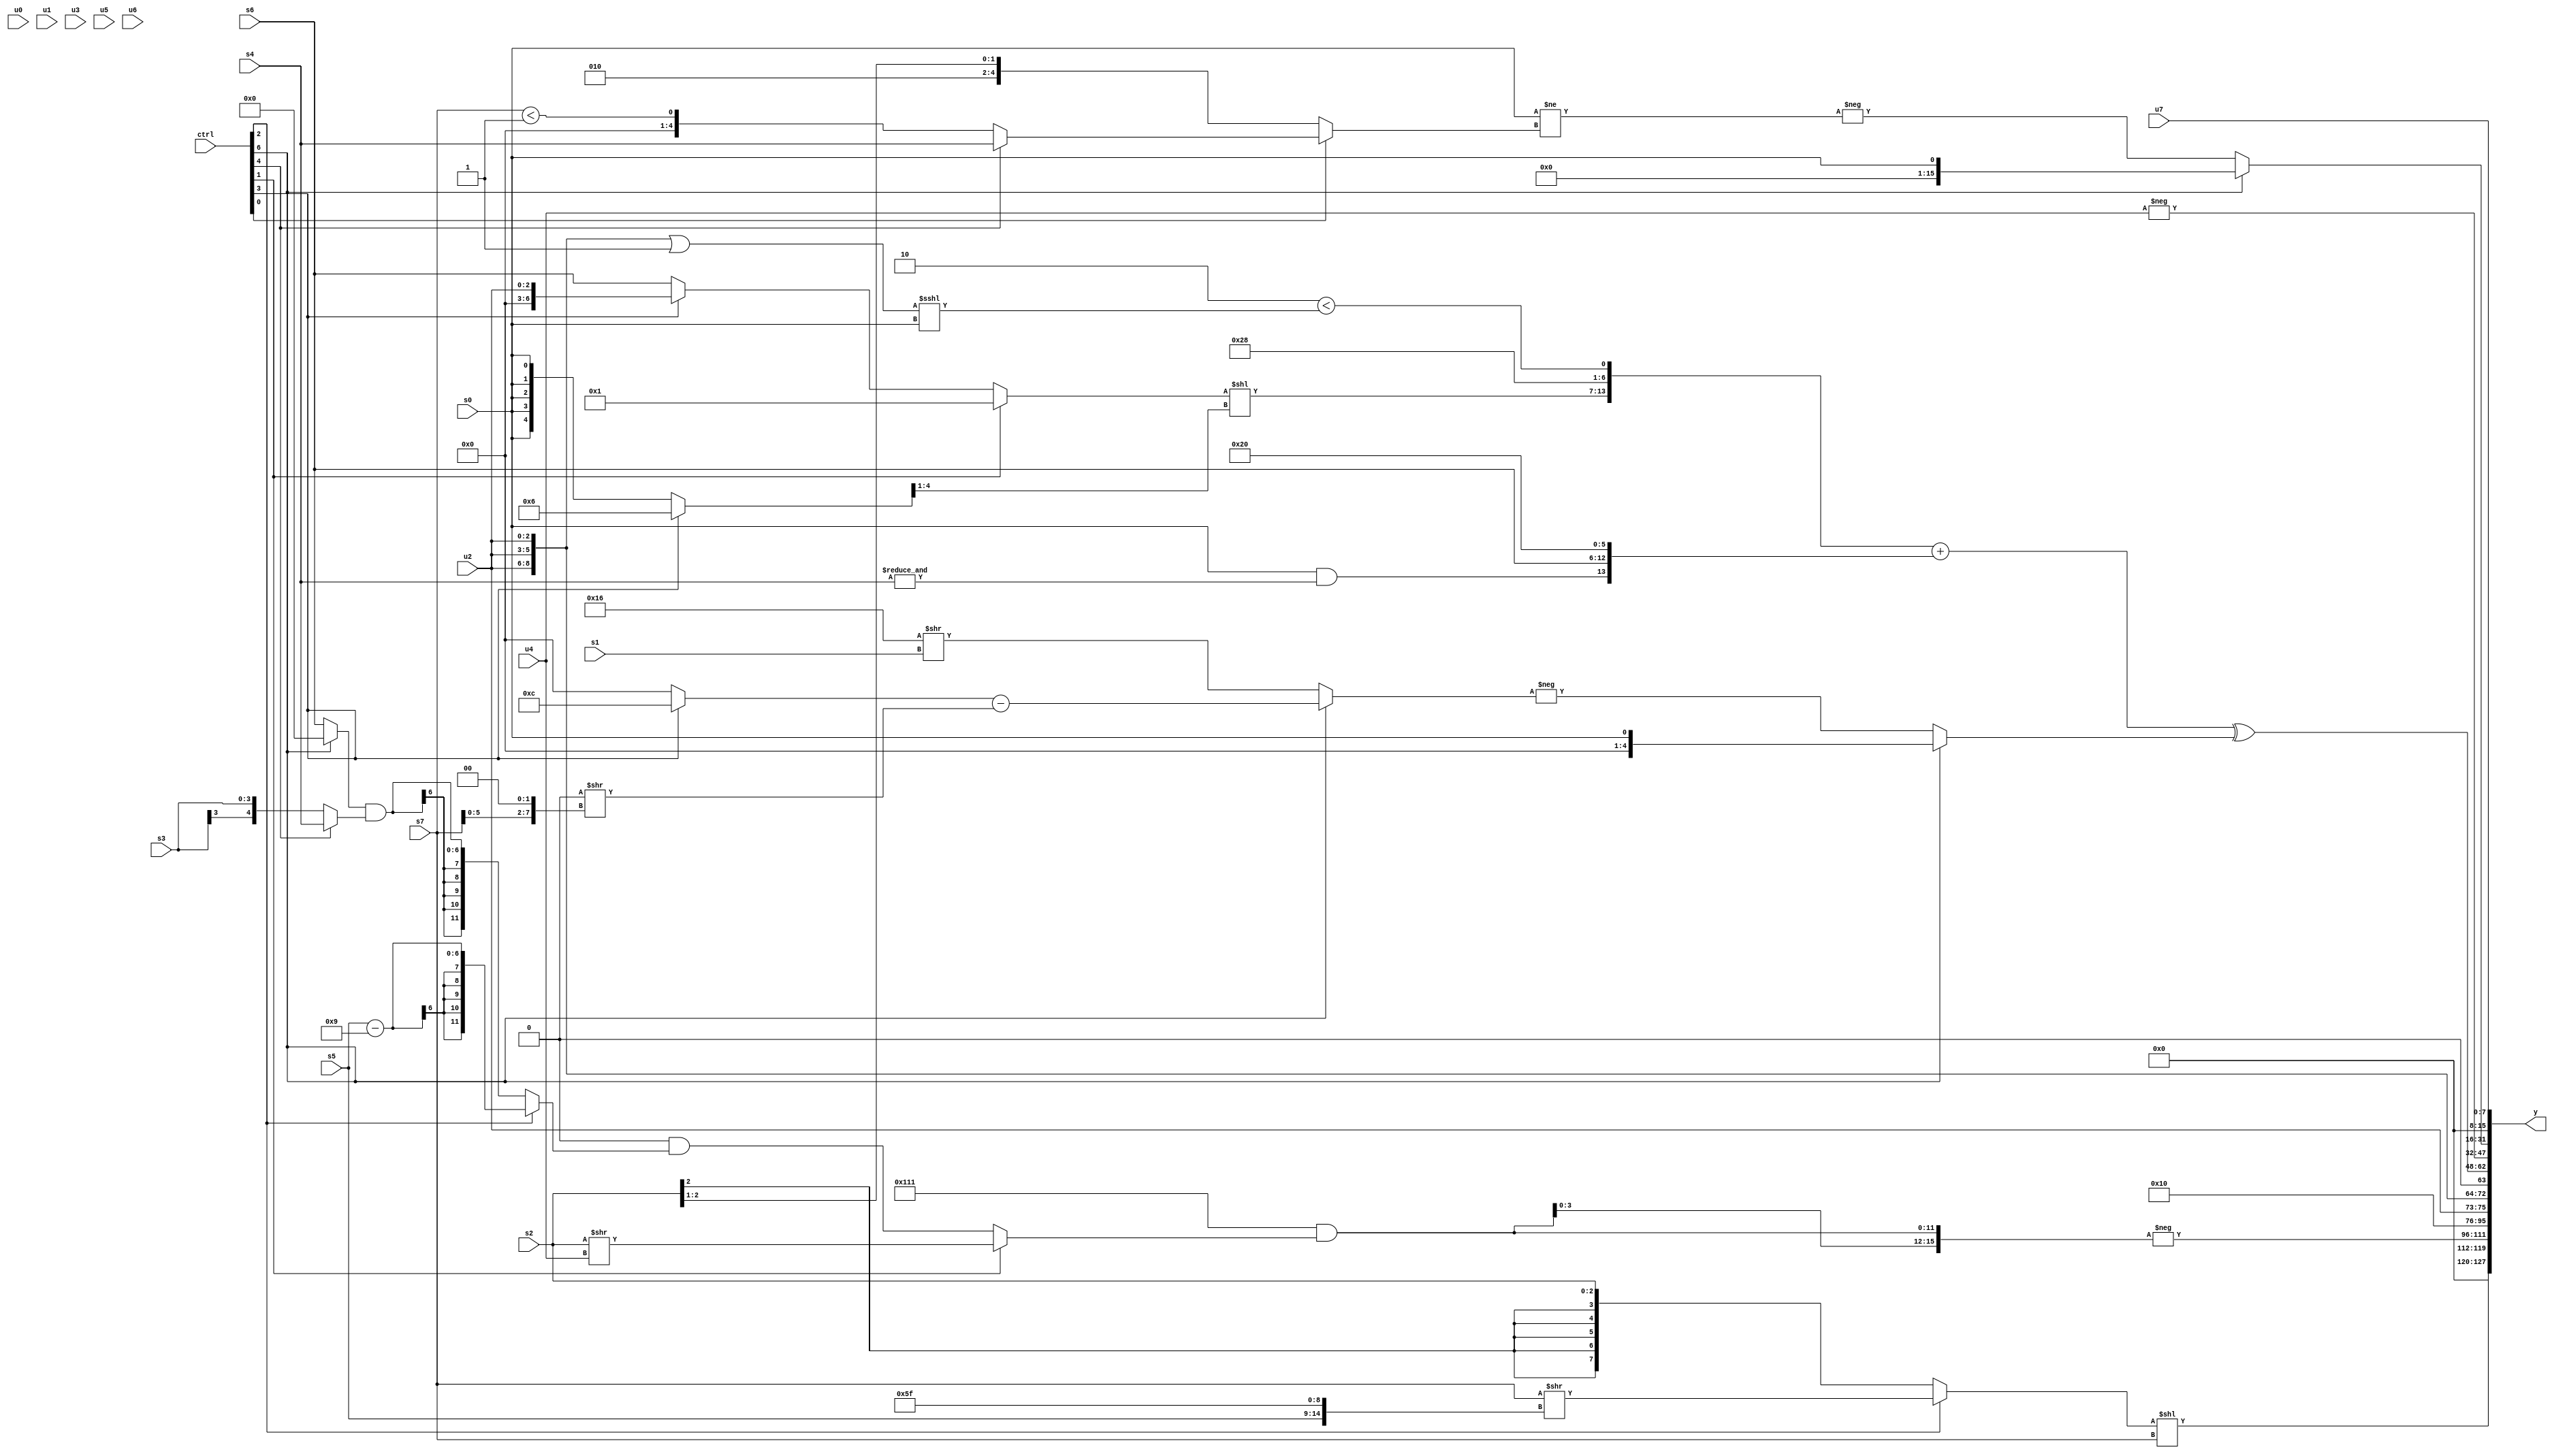
module wideexpr_00260(ctrl, u0, u1, u2, u3, u4, u5, u6, u7, s0, s1, s2, s3, s4, s5, s6, s7, y);
  input [7:0] ctrl;
  input [0:0] u0;
  input [1:0] u1;
  input [2:0] u2;
  input [3:0] u3;
  input [4:0] u4;
  input [5:0] u5;
  input [6:0] u6;
  input [7:0] u7;
  input signed [0:0] s0;
  input signed [1:0] s1;
  input signed [2:0] s2;
  input signed [3:0] s3;
  input signed [4:0] s4;
  input signed [5:0] s5;
  input signed [6:0] s6;
  input signed [7:0] s7;
  output [127:0] y;
  wire [15:0] y0;
  wire [15:0] y1;
  wire [15:0] y2;
  wire [15:0] y3;
  wire [15:0] y4;
  wire [15:0] y5;
  wire [15:0] y6;
  wire [15:0] y7;
  assign y = {y0,y1,y2,y3,y4,y5,y6,y7};
  assign y0 = {{5'b00101,(ctrl[7]?s6:{3'sb001,({(1'sb1)>>>(u1),(2'sb00)^~(s2)})<<<(u4),{(5'sb00110)>>((1'sb1)<<<(3'b100)),s0,{3{(ctrl[5]?5'sb11001:2'sb01)}},(ctrl[3]?(4'sb0010)^~(3'sb100):(1'b0)<<(s5))},+({(s2)+(s4),(2'sb10)-(s5),s6})}),(4'sb0110)>>>({1{-({{1{3'b011}}})}}),-((1'sb0)<<<({({3'b000,1'b0,u7})>>>(6'sb111110),(ctrl[6]?s0:(3'sb011)+(s1))}))},((ctrl[7]?((-(6'b100010))<<<(((ctrl[1]?1'b0:3'sb101))^~(^(s1))))!=($unsigned(({4{u4}})>>>((s1)<<(4'sb1011)))):(({1{(4'sb0100)^~(s2)}})>=(3'sb101))<=((u3)<<(-(~&(s2))))))-(s6),{+({4{(u6)<<(5'b11011)}}),((ctrl[2]?$signed((s7)>>({s5,4'sb0010,5'sb11111})):s2))<<(s7)}};
  assign y1 = {(ctrl[0]?-((ctrl[6]?((s7)>>((s0)&((ctrl[6]?s6:+(5'b11011)))))-(((s7)-(1'sb1))|($signed(s7))):($signed((ctrl[6]?+($signed(u3)):1'sb1)))<<<(((5'sb00000)>>({3{$signed(s1)}}))+((((5'sb10101)|(3'sb100))&(2'sb00))|((3'sb110)<<((4'sb0011)|(s5))))))):((ctrl[0]?5'sb10001:(+(u5))<<((ctrl[2]?{4{2'sb00}}:4'b0010))))>>>((s4)-(2'sb00))),((ctrl[0]?-(2'sb10):(-($signed(($signed($signed(s2)))^({3{(u3)-(2'b11)}}))))<<(u7)))&(2'sb01),(((ctrl[3]?($signed($signed({$signed(3'b000)})))>>>($unsigned(6'b100000)):$signed(-(u3))))>>(!($signed({4{$signed($signed(s4))}}))))!=($signed({(((1'sb0)-({{2{6'sb101000}},{u6,2'sb10}}))>>>(5'sb10111))^((ctrl[3]?(ctrl[2]?$signed($signed(s7)):{2{(s6)<<(u5)}}):5'b01000)),$signed(4'sb0100)})),-({3{($signed($signed({3{-(-(4'b0001))}})))&((ctrl[1]?(s2)>>(u4):(5'sb00000)&((ctrl[2]?(s5)-((4'sb1001)+(2'sb00)):((ctrl[6]?1'sb0:s6))&((ctrl[4]?s4:s3))))))}})};
  assign y2 = 2'sb01;
  assign y3 = {4{u2}};
  assign y4 = (+(({4'sb0000,((ctrl[1]?|((2'sb00)>(2'sb10)):(ctrl[3]?{1{u2}}:(ctrl[1]?u0:s6))))<<(((ctrl[3]?5'sb00110:s0))>>((1'b1)-(1'sb0))),+(6'sb101000),(5'sb00010)<((({3{u2}})|({1'sb1}))<<<(s0))})+({+((+($signed(s0)))&(&(s4))),s6,({1{-((6'sb100000)^(3'sb000))}})<<<(2'sb00)})))^($signed((ctrl[6]?+(s0):-((ctrl[6]?((ctrl[3]?-(5'b10100):$signed(1'b0)))-(($signed(1'sb0))>>((s7)<<(6'sb000010))):(5'sb10110)>>($unsigned(s1)))))));
  assign y5 = -($signed(u4));
  assign y6 = (ctrl[6]?s0:-((s0)!=((ctrl[0]?(ctrl[4]?(ctrl[4]?s4:5'b00000):(s7)<(1'sb1)):{-(4'sb1111),(s2)>>(1'b1)}))));
  assign y7 = u7;
endmodule